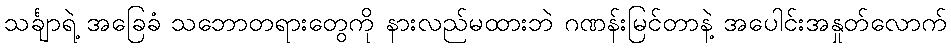
သင်္ချာရဲ့ အခြေခံ သဘောတရားတွေကို နားလည်မထားဘဲ ဂဏန်းမြင်တာနဲ့ အပေါင်းအနှုတ်လောက်